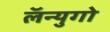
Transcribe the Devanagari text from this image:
लॅन्युगो